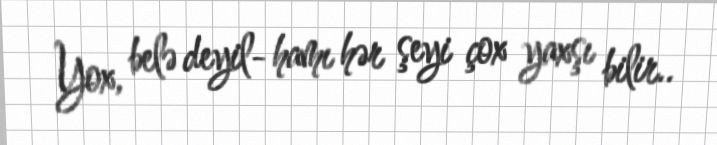
Yox, belə deyil- hamı hər şeyi çox yaxşı bilir..